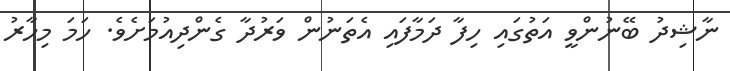
ނާޝިދު ބޭނުންވީ އަތުގައި ހިފާ ދަމާފައި އެތަނުން ވަރުދާ ގެންދިއުމަށެވެ. ހަމަ މިހާރު